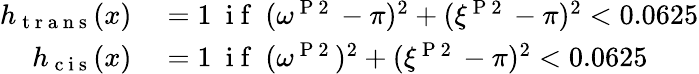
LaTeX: \begin{array}{rl}{h_{\mathrm{~t~r~a~n~s~}}(x)}&{{}=1\ \mathrm{~i~f~}\ (\omega^{\mathrm{~P~2~}}-\pi)^{2}+(\xi^{\mathrm{~P~2~}}-\pi)^{2}<0.0625}\\ {h_{\mathrm{~c~i~s~}}(x)}&{{}=1\ \mathrm{~i~f~}\ (\omega^{\mathrm{~P~2~}})^{2}+(\xi^{\mathrm{~P~2~}}-\pi)^{2}<0.0625}\end{array}